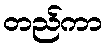
တည်ကာ